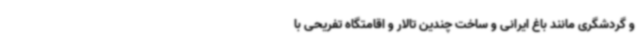
و گردشگری مانند باغ ایرانی و ساخت چندین تالار و اقامتگاه تفریحی با